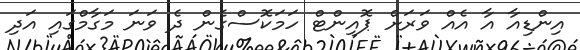
އިންޑިއާ އާ އެއް ވަރަށް ޕޮއިންޓް ހަމަކޮސްގެން ދެ ވަނަ މަގާމްގައި އަދި